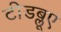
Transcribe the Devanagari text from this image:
टीडब्लूए